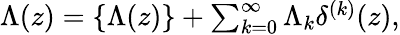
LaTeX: \begin{array}{r}{\Lambda(z)=\{ \Lambda(z)\} +\sum_{k=0}^{\infty}\Lambda_{k}\delta^{(k)}(z),}\end{array}